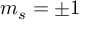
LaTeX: m _ { s } = \pm 1